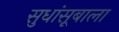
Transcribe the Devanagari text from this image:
सुधांसूबाला